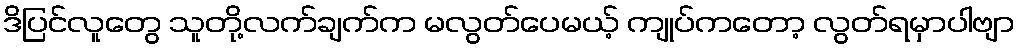
ဒိပြင်လူတွေ သူတို့လက်ချက်က မလွတ်ပေမယ့် ကျုပ်ကတော့ လွတ်ရမှာပါဗျာ